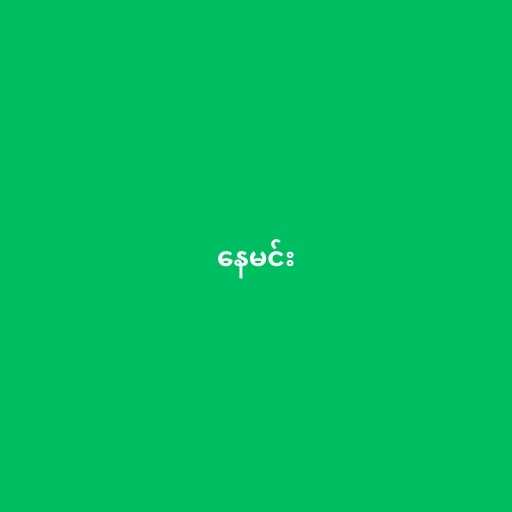
နေမင်း